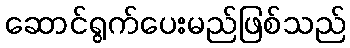
ဆောင်ရွက်ပေးမည်ဖြစ်သည်